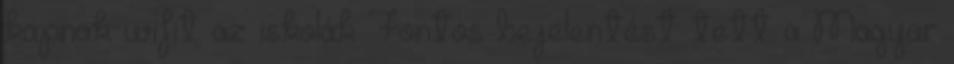
kapnak wifit az iskolák Fontos bejelentést tett a Magyar